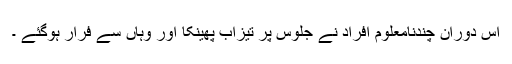
اس دوران چندنامعلوم افراد نے جلوس پر تیزاب پھینکا اور وہاں سے فرار ہوگئے ۔